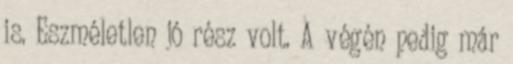
is. Eszméletlen jó rész volt. A végén pedig már